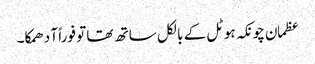
عظمان چونکہ ہوٹل کے بالکل ساتھ تھا تو فوراً آ دھمکا۔